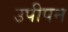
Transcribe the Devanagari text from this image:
उपीपन